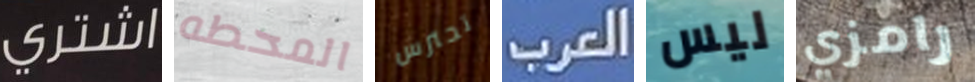
اشتري المحطه تحترس العرب ليس رامزي